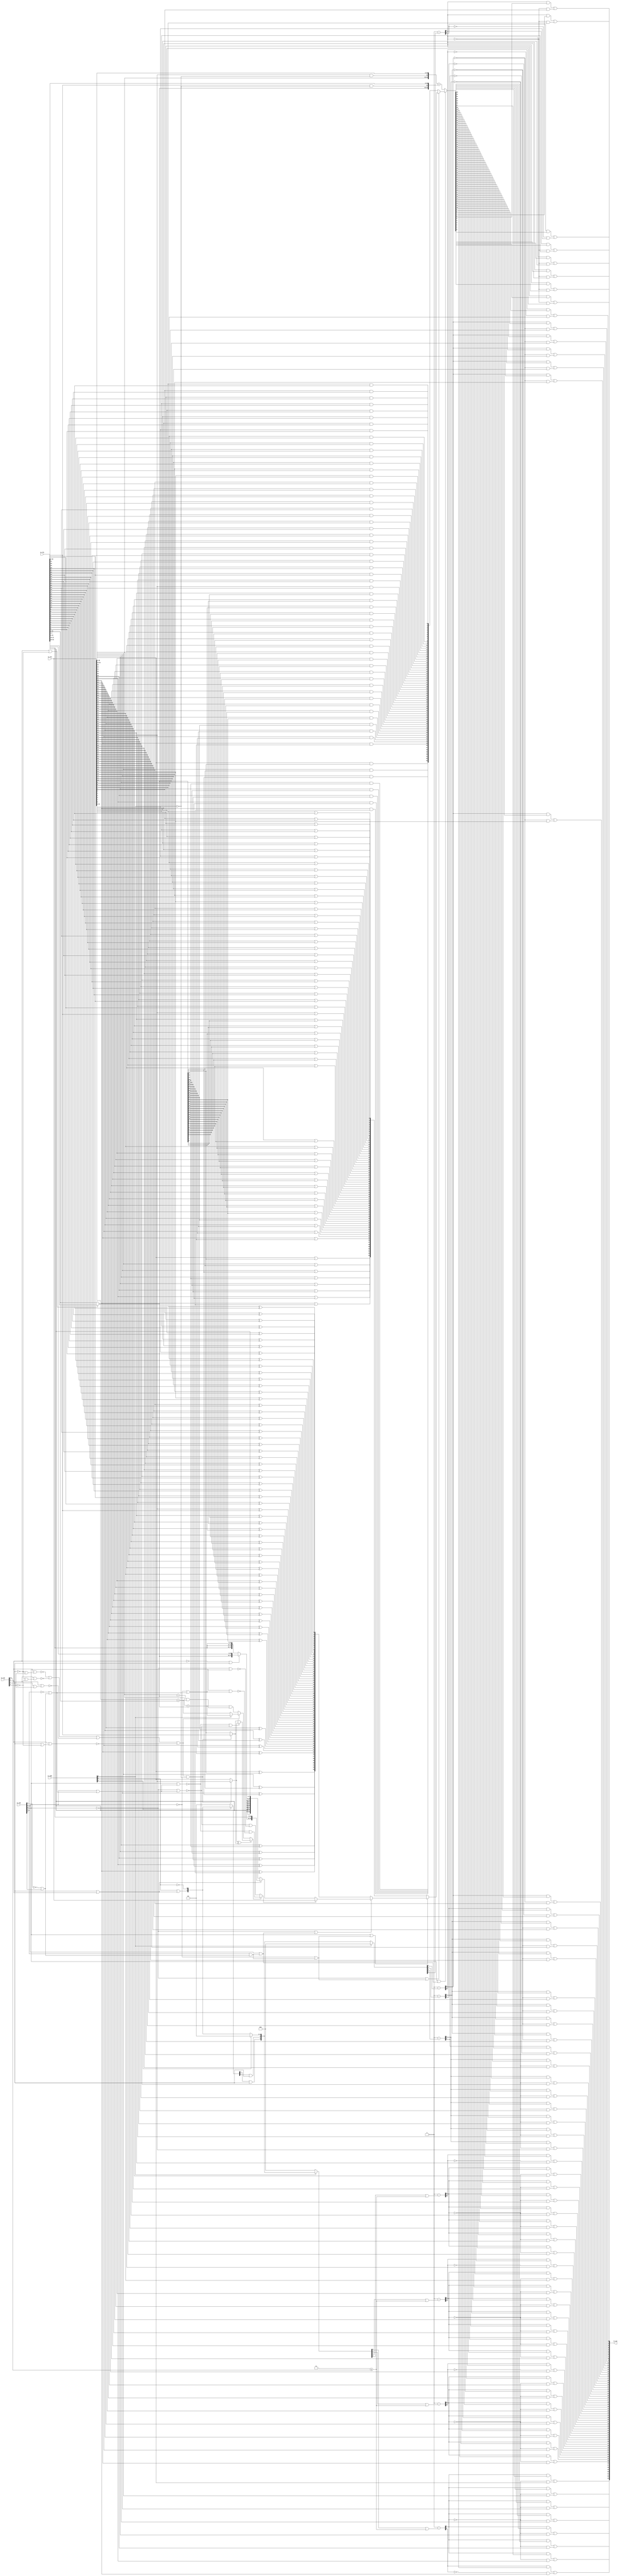
// This program was cloned from: https://github.com/NYU-MLDA/OpenABC
// License: BSD 3-Clause "New" or "Revised" License

module AMOALU
(
  io_addr,
  io_cmd,
  io_typ,
  io_lhs,
  io_rhs,
  io_out
);

  input [5:0] io_addr;
  input [4:0] io_cmd;
  input [2:0] io_typ;
  input [63:0] io_lhs;
  input [63:0] io_rhs;
  output [63:0] io_out;
  wire [63:0] io_out,T49,T1,T2,out,adder_out,T50,T111,T51,T109,T52,T107,T53,T54,T116,T113,
  mask;
  wire N0,N1,N2,N3,N4,N5,N6,N7,N8,N9,N10,N11,N12,N13,N14,N15,N16,N17,N18,N19,N20,N21,
  N22,N23,N24,N25,N26,N27,N28,N29,N30,N31,N32,wmask_63,wmask_48,wmask_47,wmask_40,
  wmask_39,wmask_32,wmask_31,wmask_24,wmask_23,wmask_16,wmask_15,wmask_8,wmask_7,
  wmask_0,N33,N34,T16,T28,T69,N35,T55_63_,T55_62_,T55_61_,T55_60_,T55_59_,T55_58_,
  T55_57_,T55_56_,T55_55_,T55_54_,T55_53_,T55_52_,T55_51_,T55_50_,T55_49_,T55_48_,
  T55_47_,T55_46_,T55_45_,T55_44_,T55_43_,T55_42_,T55_41_,T55_40_,T55_39_,T55_38_,
  T55_37_,T55_36_,T55_35_,T55_34_,T55_33_,T55_32_,T55_31_,T55_30_,T55_29_,T55_28_,
  T55_27_,T55_26_,T55_25_,T55_24_,T55_23_,T55_22_,T55_21_,T55_20_,T55_19_,T55_18_,
  T55_17_,T55_16_,less,N36,min,max,T106,N37,lt,T74,sgned,N38,cmp_lhs,cmp_rhs,T80,N39,
  word,T81,T84,T86,T91,N40,T92,N41,T104,T96,lt_hi,T97,eq_hi,lt_lo,N42,N43,N44,N45,
  N46,N47,N48,N49,N50,N51,N52,N53,N54,N55,N56,N57,N58,N59,N60,N61,N62,N63,N64,N65,
  N66,N67,N68,N69,N70,N71,N72,N73,N74,N75,N76,N77,N78,N79,N80,N81,N82,N83,N84,N85,
  N86,N87,N88,N89,N90;
  wire [56:55] wmask;
  wire [0:0] T119;
  wire [7:1] T8;
  wire [3:0] T10,T29;
  wire [1:1] T12,T21;
  wire [1:0] T23;
  wire [3:3] T27;
  wire [63:32] T56,rhs;
  assign T28 = { 1'b1, 1'b1 } <= io_typ[1:0];
  assign lt_lo = io_lhs[31:0] < io_rhs[31:0];
  assign eq_hi = io_lhs[63:32] == rhs;
  assign lt_hi = io_lhs[63:32] < rhs;
  assign N0 = cmp_lhs ^ cmp_rhs;
  assign T106 = ~N0;
  assign N42 = ~io_cmd[3];
  assign N43 = N42 | io_cmd[4];
  assign N44 = io_cmd[2] | N43;
  assign N45 = io_cmd[1] | N44;
  assign N46 = io_cmd[0] | N45;
  assign N47 = ~N46;
  assign N48 = ~io_cmd[1];
  assign N49 = ~io_cmd[0];
  assign N50 = N48 | N44;
  assign N51 = N49 | N50;
  assign N52 = ~N51;
  assign N53 = io_cmd[0] | N50;
  assign N54 = ~N53;
  assign N55 = ~io_addr[0];
  assign N56 = N49 | N45;
  assign N57 = ~N56;
  assign N58 = io_typ[0] | io_typ[1];
  assign N59 = ~N58;
  assign N60 = ~io_typ[0];
  assign N61 = N60 | io_typ[1];
  assign N62 = ~N61;
  assign N63 = ~io_cmd[2];
  assign N64 = N63 | N43;
  assign N65 = io_cmd[1] | N64;
  assign N66 = io_cmd[0] | N65;
  assign N67 = ~N66;
  assign N68 = N48 | N64;
  assign N69 = io_cmd[0] | N68;
  assign N70 = ~N69;
  assign N71 = N49 | N65;
  assign N72 = ~N71;
  assign N73 = N49 | N68;
  assign N74 = ~N73;
  assign N75 = ~io_typ[1];
  assign N76 = io_typ[0] | N75;
  assign N77 = ~N76;
  assign N78 = ~io_typ[2];
  assign N79 = io_typ[1] | N78;
  assign N80 = io_typ[0] | N79;
  assign N81 = ~N80;
  assign N82 = io_typ[1] | io_typ[2];
  assign N83 = io_typ[0] | N82;
  assign N84 = ~N83;
  assign N85 = N75 | io_typ[2];
  assign N86 = io_typ[0] | N85;
  assign N87 = ~N86;
  assign N88 = N75 | N78;
  assign N89 = io_typ[0] | N88;
  assign N90 = ~N89;
  assign adder_out = T116 + T113;
  assign { wmask_7, wmask_0 } = 1'b0 - T119[0];
  assign { wmask_15, wmask_8 } = 1'b0 - T8[1];
  assign { wmask_23, wmask_16 } = 1'b0 - T8[2];
  assign { wmask_31, wmask_24 } = 1'b0 - T8[3];
  assign { wmask_39, wmask_32 } = 1'b0 - T8[4];
  assign { wmask_47, wmask_40 } = 1'b0 - T8[5];
  assign { wmask[55:55], wmask_48 } = 1'b0 - T8[6];
  assign { wmask_63, wmask[56:56] } = 1'b0 - T8[7];
  assign { T8[3:1], T119[0:0] } = (N1)? { 1'b0, 1'b0, 1'b0, 1'b0 } : 
                                  (N2)? T10 : 1'b0;
  assign N1 = io_addr[2];
  assign N2 = N33;
  assign T10[1:0] = (N3)? { 1'b0, 1'b0 } : 
                    (N4)? { T12[1:1], N55 } : 1'b0;
  assign N3 = io_addr[1];
  assign N4 = N34;
  assign T23 = (N3)? { T12[1:1], N55 } : 
               (N4)? { 1'b0, 1'b0 } : 1'b0;
  assign T29 = (N1)? T10 : 
               (N2)? { 1'b0, 1'b0, 1'b0, 1'b0 } : 1'b0;
  assign out = (N5)? adder_out : 
               (N6)? T50 : 1'b0;
  assign N5 = N47;
  assign N6 = N46;
  assign T50 = (N7)? T111 : 
               (N8)? T51 : 1'b0;
  assign N7 = N52;
  assign N8 = N51;
  assign T51 = (N9)? T109 : 
               (N10)? T52 : 1'b0;
  assign N9 = N54;
  assign N10 = N53;
  assign T52 = (N11)? T107 : 
               (N12)? T53 : 1'b0;
  assign N11 = N57;
  assign N12 = N56;
  assign T53 = (N13)? io_lhs : 
               (N14)? T54 : 1'b0;
  assign N13 = T69;
  assign N14 = N35;
  assign T54 = (N15)? { io_rhs[7:0], io_rhs[7:0], io_rhs[7:0], io_rhs[7:0], io_rhs[7:0], io_rhs[7:0], io_rhs[7:0], io_rhs[7:0] } : 
               (N16)? { T55_63_, T55_62_, T55_61_, T55_60_, T55_59_, T55_58_, T55_57_, T55_56_, T55_55_, T55_54_, T55_53_, T55_52_, T55_51_, T55_50_, T55_49_, T55_48_, T55_47_, T55_46_, T55_45_, T55_44_, T55_43_, T55_42_, T55_41_, T55_40_, T55_39_, T55_38_, T55_37_, T55_36_, T55_35_, T55_34_, T55_33_, T55_32_, T55_31_, T55_30_, T55_29_, T55_28_, T55_27_, T55_26_, T55_25_, T55_24_, T55_23_, T55_22_, T55_21_, T55_20_, T55_19_, T55_18_, T55_17_, T55_16_, io_rhs[15:0] } : 1'b0;
  assign N15 = N59;
  assign N16 = N58;
  assign { T55_63_, T55_62_, T55_61_, T55_60_, T55_59_, T55_58_, T55_57_, T55_56_, T55_55_, T55_54_, T55_53_, T55_52_, T55_51_, T55_50_, T55_49_, T55_48_, T55_47_, T55_46_, T55_45_, T55_44_, T55_43_, T55_42_, T55_41_, T55_40_, T55_39_, T55_38_, T55_37_, T55_36_, T55_35_, T55_34_, T55_33_, T55_32_, T55_31_, T55_30_, T55_29_, T55_28_, T55_27_, T55_26_, T55_25_, T55_24_, T55_23_, T55_22_, T55_21_, T55_20_, T55_19_, T55_18_, T55_17_, T55_16_ } = (N17)? { io_rhs[15:0], io_rhs[15:0], io_rhs[15:0] } : 
                                                                                                                                                                                                                                                                                                                                                                                                                                                              (N18)? { T56, io_rhs[31:16] } : 1'b0;
  assign N17 = N62;
  assign N18 = N61;
  assign T56 = (N19)? io_rhs[31:0] : 
               (N20)? io_rhs[63:32] : 1'b0;
  assign N19 = N77;
  assign N20 = N76;
  assign T69 = (N21)? min : 
               (N22)? max : 1'b0;
  assign N21 = less;
  assign N22 = N36;
  assign less = (N23)? lt : 
                (N24)? T74 : 1'b0;
  assign N23 = T106;
  assign N24 = N37;
  assign T74 = (N25)? cmp_lhs : 
               (N26)? cmp_rhs : 1'b0;
  assign N25 = sgned;
  assign N26 = N38;
  assign cmp_rhs = (N27)? io_rhs[31] : 
                   (N28)? rhs[63] : 1'b0;
  assign N27 = T80;
  assign N28 = N39;
  assign rhs = (N19)? io_rhs[31:0] : 
               (N20)? io_rhs[63:32] : 1'b0;
  assign cmp_lhs = (N29)? io_lhs[31] : 
                   (N30)? io_lhs[63] : 1'b0;
  assign N29 = T91;
  assign N30 = N40;
  assign lt = (N31)? T104 : 
              (N32)? T96 : 1'b0;
  assign N31 = word;
  assign N32 = N41;
  assign T104 = (N1)? lt_hi : 
                (N2)? lt_lo : 1'b0;
  assign io_out[63] = T49[63] | T1[63];
  assign io_out[62] = T49[62] | T1[62];
  assign io_out[61] = T49[61] | T1[61];
  assign io_out[60] = T49[60] | T1[60];
  assign io_out[59] = T49[59] | T1[59];
  assign io_out[58] = T49[58] | T1[58];
  assign io_out[57] = T49[57] | T1[57];
  assign io_out[56] = T49[56] | T1[56];
  assign io_out[55] = T49[55] | T1[55];
  assign io_out[54] = T49[54] | T1[54];
  assign io_out[53] = T49[53] | T1[53];
  assign io_out[52] = T49[52] | T1[52];
  assign io_out[51] = T49[51] | T1[51];
  assign io_out[50] = T49[50] | T1[50];
  assign io_out[49] = T49[49] | T1[49];
  assign io_out[48] = T49[48] | T1[48];
  assign io_out[47] = T49[47] | T1[47];
  assign io_out[46] = T49[46] | T1[46];
  assign io_out[45] = T49[45] | T1[45];
  assign io_out[44] = T49[44] | T1[44];
  assign io_out[43] = T49[43] | T1[43];
  assign io_out[42] = T49[42] | T1[42];
  assign io_out[41] = T49[41] | T1[41];
  assign io_out[40] = T49[40] | T1[40];
  assign io_out[39] = T49[39] | T1[39];
  assign io_out[38] = T49[38] | T1[38];
  assign io_out[37] = T49[37] | T1[37];
  assign io_out[36] = T49[36] | T1[36];
  assign io_out[35] = T49[35] | T1[35];
  assign io_out[34] = T49[34] | T1[34];
  assign io_out[33] = T49[33] | T1[33];
  assign io_out[32] = T49[32] | T1[32];
  assign io_out[31] = T49[31] | T1[31];
  assign io_out[30] = T49[30] | T1[30];
  assign io_out[29] = T49[29] | T1[29];
  assign io_out[28] = T49[28] | T1[28];
  assign io_out[27] = T49[27] | T1[27];
  assign io_out[26] = T49[26] | T1[26];
  assign io_out[25] = T49[25] | T1[25];
  assign io_out[24] = T49[24] | T1[24];
  assign io_out[23] = T49[23] | T1[23];
  assign io_out[22] = T49[22] | T1[22];
  assign io_out[21] = T49[21] | T1[21];
  assign io_out[20] = T49[20] | T1[20];
  assign io_out[19] = T49[19] | T1[19];
  assign io_out[18] = T49[18] | T1[18];
  assign io_out[17] = T49[17] | T1[17];
  assign io_out[16] = T49[16] | T1[16];
  assign io_out[15] = T49[15] | T1[15];
  assign io_out[14] = T49[14] | T1[14];
  assign io_out[13] = T49[13] | T1[13];
  assign io_out[12] = T49[12] | T1[12];
  assign io_out[11] = T49[11] | T1[11];
  assign io_out[10] = T49[10] | T1[10];
  assign io_out[9] = T49[9] | T1[9];
  assign io_out[8] = T49[8] | T1[8];
  assign io_out[7] = T49[7] | T1[7];
  assign io_out[6] = T49[6] | T1[6];
  assign io_out[5] = T49[5] | T1[5];
  assign io_out[4] = T49[4] | T1[4];
  assign io_out[3] = T49[3] | T1[3];
  assign io_out[2] = T49[2] | T1[2];
  assign io_out[1] = T49[1] | T1[1];
  assign io_out[0] = T49[0] | T1[0];
  assign T1[63] = T2[63] & io_lhs[63];
  assign T1[62] = T2[62] & io_lhs[62];
  assign T1[61] = T2[61] & io_lhs[61];
  assign T1[60] = T2[60] & io_lhs[60];
  assign T1[59] = T2[59] & io_lhs[59];
  assign T1[58] = T2[58] & io_lhs[58];
  assign T1[57] = T2[57] & io_lhs[57];
  assign T1[56] = T2[56] & io_lhs[56];
  assign T1[55] = T2[55] & io_lhs[55];
  assign T1[54] = T2[54] & io_lhs[54];
  assign T1[53] = T2[53] & io_lhs[53];
  assign T1[52] = T2[52] & io_lhs[52];
  assign T1[51] = T2[51] & io_lhs[51];
  assign T1[50] = T2[50] & io_lhs[50];
  assign T1[49] = T2[49] & io_lhs[49];
  assign T1[48] = T2[48] & io_lhs[48];
  assign T1[47] = T2[47] & io_lhs[47];
  assign T1[46] = T2[46] & io_lhs[46];
  assign T1[45] = T2[45] & io_lhs[45];
  assign T1[44] = T2[44] & io_lhs[44];
  assign T1[43] = T2[43] & io_lhs[43];
  assign T1[42] = T2[42] & io_lhs[42];
  assign T1[41] = T2[41] & io_lhs[41];
  assign T1[40] = T2[40] & io_lhs[40];
  assign T1[39] = T2[39] & io_lhs[39];
  assign T1[38] = T2[38] & io_lhs[38];
  assign T1[37] = T2[37] & io_lhs[37];
  assign T1[36] = T2[36] & io_lhs[36];
  assign T1[35] = T2[35] & io_lhs[35];
  assign T1[34] = T2[34] & io_lhs[34];
  assign T1[33] = T2[33] & io_lhs[33];
  assign T1[32] = T2[32] & io_lhs[32];
  assign T1[31] = T2[31] & io_lhs[31];
  assign T1[30] = T2[30] & io_lhs[30];
  assign T1[29] = T2[29] & io_lhs[29];
  assign T1[28] = T2[28] & io_lhs[28];
  assign T1[27] = T2[27] & io_lhs[27];
  assign T1[26] = T2[26] & io_lhs[26];
  assign T1[25] = T2[25] & io_lhs[25];
  assign T1[24] = T2[24] & io_lhs[24];
  assign T1[23] = T2[23] & io_lhs[23];
  assign T1[22] = T2[22] & io_lhs[22];
  assign T1[21] = T2[21] & io_lhs[21];
  assign T1[20] = T2[20] & io_lhs[20];
  assign T1[19] = T2[19] & io_lhs[19];
  assign T1[18] = T2[18] & io_lhs[18];
  assign T1[17] = T2[17] & io_lhs[17];
  assign T1[16] = T2[16] & io_lhs[16];
  assign T1[15] = T2[15] & io_lhs[15];
  assign T1[14] = T2[14] & io_lhs[14];
  assign T1[13] = T2[13] & io_lhs[13];
  assign T1[12] = T2[12] & io_lhs[12];
  assign T1[11] = T2[11] & io_lhs[11];
  assign T1[10] = T2[10] & io_lhs[10];
  assign T1[9] = T2[9] & io_lhs[9];
  assign T1[8] = T2[8] & io_lhs[8];
  assign T1[7] = T2[7] & io_lhs[7];
  assign T1[6] = T2[6] & io_lhs[6];
  assign T1[5] = T2[5] & io_lhs[5];
  assign T1[4] = T2[4] & io_lhs[4];
  assign T1[3] = T2[3] & io_lhs[3];
  assign T1[2] = T2[2] & io_lhs[2];
  assign T1[1] = T2[1] & io_lhs[1];
  assign T1[0] = T2[0] & io_lhs[0];
  assign T2[63] = ~wmask_63;
  assign T2[62] = ~wmask_63;
  assign T2[61] = ~wmask_63;
  assign T2[60] = ~wmask_63;
  assign T2[59] = ~wmask_63;
  assign T2[58] = ~wmask_63;
  assign T2[57] = ~wmask_63;
  assign T2[56] = ~wmask[56];
  assign T2[55] = ~wmask[55];
  assign T2[54] = ~wmask[55];
  assign T2[53] = ~wmask[55];
  assign T2[52] = ~wmask[55];
  assign T2[51] = ~wmask[55];
  assign T2[50] = ~wmask[55];
  assign T2[49] = ~wmask[55];
  assign T2[48] = ~wmask_48;
  assign T2[47] = ~wmask_47;
  assign T2[46] = ~wmask_47;
  assign T2[45] = ~wmask_47;
  assign T2[44] = ~wmask_47;
  assign T2[43] = ~wmask_47;
  assign T2[42] = ~wmask_47;
  assign T2[41] = ~wmask_47;
  assign T2[40] = ~wmask_40;
  assign T2[39] = ~wmask_39;
  assign T2[38] = ~wmask_39;
  assign T2[37] = ~wmask_39;
  assign T2[36] = ~wmask_39;
  assign T2[35] = ~wmask_39;
  assign T2[34] = ~wmask_39;
  assign T2[33] = ~wmask_39;
  assign T2[32] = ~wmask_32;
  assign T2[31] = ~wmask_31;
  assign T2[30] = ~wmask_31;
  assign T2[29] = ~wmask_31;
  assign T2[28] = ~wmask_31;
  assign T2[27] = ~wmask_31;
  assign T2[26] = ~wmask_31;
  assign T2[25] = ~wmask_31;
  assign T2[24] = ~wmask_24;
  assign T2[23] = ~wmask_23;
  assign T2[22] = ~wmask_23;
  assign T2[21] = ~wmask_23;
  assign T2[20] = ~wmask_23;
  assign T2[19] = ~wmask_23;
  assign T2[18] = ~wmask_23;
  assign T2[17] = ~wmask_23;
  assign T2[16] = ~wmask_16;
  assign T2[15] = ~wmask_15;
  assign T2[14] = ~wmask_15;
  assign T2[13] = ~wmask_15;
  assign T2[12] = ~wmask_15;
  assign T2[11] = ~wmask_15;
  assign T2[10] = ~wmask_15;
  assign T2[9] = ~wmask_15;
  assign T2[8] = ~wmask_8;
  assign T2[7] = ~wmask_7;
  assign T2[6] = ~wmask_7;
  assign T2[5] = ~wmask_7;
  assign T2[4] = ~wmask_7;
  assign T2[3] = ~wmask_7;
  assign T2[2] = ~wmask_7;
  assign T2[1] = ~wmask_7;
  assign T2[0] = ~wmask_0;
  assign N33 = ~io_addr[2];
  assign N34 = ~io_addr[1];
  assign T12[1] = io_addr[0] | T16;
  assign T16 = io_typ[1] | io_typ[0];
  assign T10[3] = T23[1] | T21[1];
  assign T10[2] = T23[0] | T21[1];
  assign T21[1] = io_typ[1];
  assign T8[7] = T29[3] | T27[3];
  assign T8[6] = T29[2] | T27[3];
  assign T8[5] = T29[1] | T27[3];
  assign T8[4] = T29[0] | T27[3];
  assign T27[3] = T28;
  assign T49[63] = wmask_63 & out[63];
  assign T49[62] = wmask_63 & out[62];
  assign T49[61] = wmask_63 & out[61];
  assign T49[60] = wmask_63 & out[60];
  assign T49[59] = wmask_63 & out[59];
  assign T49[58] = wmask_63 & out[58];
  assign T49[57] = wmask_63 & out[57];
  assign T49[56] = wmask[56] & out[56];
  assign T49[55] = wmask[55] & out[55];
  assign T49[54] = wmask[55] & out[54];
  assign T49[53] = wmask[55] & out[53];
  assign T49[52] = wmask[55] & out[52];
  assign T49[51] = wmask[55] & out[51];
  assign T49[50] = wmask[55] & out[50];
  assign T49[49] = wmask[55] & out[49];
  assign T49[48] = wmask_48 & out[48];
  assign T49[47] = wmask_47 & out[47];
  assign T49[46] = wmask_47 & out[46];
  assign T49[45] = wmask_47 & out[45];
  assign T49[44] = wmask_47 & out[44];
  assign T49[43] = wmask_47 & out[43];
  assign T49[42] = wmask_47 & out[42];
  assign T49[41] = wmask_47 & out[41];
  assign T49[40] = wmask_40 & out[40];
  assign T49[39] = wmask_39 & out[39];
  assign T49[38] = wmask_39 & out[38];
  assign T49[37] = wmask_39 & out[37];
  assign T49[36] = wmask_39 & out[36];
  assign T49[35] = wmask_39 & out[35];
  assign T49[34] = wmask_39 & out[34];
  assign T49[33] = wmask_39 & out[33];
  assign T49[32] = wmask_32 & out[32];
  assign T49[31] = wmask_31 & out[31];
  assign T49[30] = wmask_31 & out[30];
  assign T49[29] = wmask_31 & out[29];
  assign T49[28] = wmask_31 & out[28];
  assign T49[27] = wmask_31 & out[27];
  assign T49[26] = wmask_31 & out[26];
  assign T49[25] = wmask_31 & out[25];
  assign T49[24] = wmask_24 & out[24];
  assign T49[23] = wmask_23 & out[23];
  assign T49[22] = wmask_23 & out[22];
  assign T49[21] = wmask_23 & out[21];
  assign T49[20] = wmask_23 & out[20];
  assign T49[19] = wmask_23 & out[19];
  assign T49[18] = wmask_23 & out[18];
  assign T49[17] = wmask_23 & out[17];
  assign T49[16] = wmask_16 & out[16];
  assign T49[15] = wmask_15 & out[15];
  assign T49[14] = wmask_15 & out[14];
  assign T49[13] = wmask_15 & out[13];
  assign T49[12] = wmask_15 & out[12];
  assign T49[11] = wmask_15 & out[11];
  assign T49[10] = wmask_15 & out[10];
  assign T49[9] = wmask_15 & out[9];
  assign T49[8] = wmask_8 & out[8];
  assign T49[7] = wmask_7 & out[7];
  assign T49[6] = wmask_7 & out[6];
  assign T49[5] = wmask_7 & out[5];
  assign T49[4] = wmask_7 & out[4];
  assign T49[3] = wmask_7 & out[3];
  assign T49[2] = wmask_7 & out[2];
  assign T49[1] = wmask_7 & out[1];
  assign T49[0] = wmask_0 & out[0];
  assign N35 = ~T69;
  assign N36 = ~less;
  assign max = N72 | N74;
  assign min = N67 | N70;
  assign N37 = ~T106;
  assign N38 = ~sgned;
  assign N39 = ~T80;
  assign T80 = word & T81;
  assign T81 = ~io_addr[2];
  assign word = T84 | N81;
  assign T84 = T86 | N84;
  assign T86 = N87 | N90;
  assign N40 = ~T91;
  assign T91 = word & T92;
  assign T92 = ~io_addr[2];
  assign sgned = N67 | N72;
  assign N41 = ~word;
  assign T96 = lt_hi | T97;
  assign T97 = eq_hi & lt_lo;
  assign T107[63] = io_lhs[63] ^ rhs[63];
  assign T107[62] = io_lhs[62] ^ rhs[62];
  assign T107[61] = io_lhs[61] ^ rhs[61];
  assign T107[60] = io_lhs[60] ^ rhs[60];
  assign T107[59] = io_lhs[59] ^ rhs[59];
  assign T107[58] = io_lhs[58] ^ rhs[58];
  assign T107[57] = io_lhs[57] ^ rhs[57];
  assign T107[56] = io_lhs[56] ^ rhs[56];
  assign T107[55] = io_lhs[55] ^ rhs[55];
  assign T107[54] = io_lhs[54] ^ rhs[54];
  assign T107[53] = io_lhs[53] ^ rhs[53];
  assign T107[52] = io_lhs[52] ^ rhs[52];
  assign T107[51] = io_lhs[51] ^ rhs[51];
  assign T107[50] = io_lhs[50] ^ rhs[50];
  assign T107[49] = io_lhs[49] ^ rhs[49];
  assign T107[48] = io_lhs[48] ^ rhs[48];
  assign T107[47] = io_lhs[47] ^ rhs[47];
  assign T107[46] = io_lhs[46] ^ rhs[46];
  assign T107[45] = io_lhs[45] ^ rhs[45];
  assign T107[44] = io_lhs[44] ^ rhs[44];
  assign T107[43] = io_lhs[43] ^ rhs[43];
  assign T107[42] = io_lhs[42] ^ rhs[42];
  assign T107[41] = io_lhs[41] ^ rhs[41];
  assign T107[40] = io_lhs[40] ^ rhs[40];
  assign T107[39] = io_lhs[39] ^ rhs[39];
  assign T107[38] = io_lhs[38] ^ rhs[38];
  assign T107[37] = io_lhs[37] ^ rhs[37];
  assign T107[36] = io_lhs[36] ^ rhs[36];
  assign T107[35] = io_lhs[35] ^ rhs[35];
  assign T107[34] = io_lhs[34] ^ rhs[34];
  assign T107[33] = io_lhs[33] ^ rhs[33];
  assign T107[32] = io_lhs[32] ^ rhs[32];
  assign T107[31] = io_lhs[31] ^ io_rhs[31];
  assign T107[30] = io_lhs[30] ^ io_rhs[30];
  assign T107[29] = io_lhs[29] ^ io_rhs[29];
  assign T107[28] = io_lhs[28] ^ io_rhs[28];
  assign T107[27] = io_lhs[27] ^ io_rhs[27];
  assign T107[26] = io_lhs[26] ^ io_rhs[26];
  assign T107[25] = io_lhs[25] ^ io_rhs[25];
  assign T107[24] = io_lhs[24] ^ io_rhs[24];
  assign T107[23] = io_lhs[23] ^ io_rhs[23];
  assign T107[22] = io_lhs[22] ^ io_rhs[22];
  assign T107[21] = io_lhs[21] ^ io_rhs[21];
  assign T107[20] = io_lhs[20] ^ io_rhs[20];
  assign T107[19] = io_lhs[19] ^ io_rhs[19];
  assign T107[18] = io_lhs[18] ^ io_rhs[18];
  assign T107[17] = io_lhs[17] ^ io_rhs[17];
  assign T107[16] = io_lhs[16] ^ io_rhs[16];
  assign T107[15] = io_lhs[15] ^ io_rhs[15];
  assign T107[14] = io_lhs[14] ^ io_rhs[14];
  assign T107[13] = io_lhs[13] ^ io_rhs[13];
  assign T107[12] = io_lhs[12] ^ io_rhs[12];
  assign T107[11] = io_lhs[11] ^ io_rhs[11];
  assign T107[10] = io_lhs[10] ^ io_rhs[10];
  assign T107[9] = io_lhs[9] ^ io_rhs[9];
  assign T107[8] = io_lhs[8] ^ io_rhs[8];
  assign T107[7] = io_lhs[7] ^ io_rhs[7];
  assign T107[6] = io_lhs[6] ^ io_rhs[6];
  assign T107[5] = io_lhs[5] ^ io_rhs[5];
  assign T107[4] = io_lhs[4] ^ io_rhs[4];
  assign T107[3] = io_lhs[3] ^ io_rhs[3];
  assign T107[2] = io_lhs[2] ^ io_rhs[2];
  assign T107[1] = io_lhs[1] ^ io_rhs[1];
  assign T107[0] = io_lhs[0] ^ io_rhs[0];
  assign T109[63] = io_lhs[63] | rhs[63];
  assign T109[62] = io_lhs[62] | rhs[62];
  assign T109[61] = io_lhs[61] | rhs[61];
  assign T109[60] = io_lhs[60] | rhs[60];
  assign T109[59] = io_lhs[59] | rhs[59];
  assign T109[58] = io_lhs[58] | rhs[58];
  assign T109[57] = io_lhs[57] | rhs[57];
  assign T109[56] = io_lhs[56] | rhs[56];
  assign T109[55] = io_lhs[55] | rhs[55];
  assign T109[54] = io_lhs[54] | rhs[54];
  assign T109[53] = io_lhs[53] | rhs[53];
  assign T109[52] = io_lhs[52] | rhs[52];
  assign T109[51] = io_lhs[51] | rhs[51];
  assign T109[50] = io_lhs[50] | rhs[50];
  assign T109[49] = io_lhs[49] | rhs[49];
  assign T109[48] = io_lhs[48] | rhs[48];
  assign T109[47] = io_lhs[47] | rhs[47];
  assign T109[46] = io_lhs[46] | rhs[46];
  assign T109[45] = io_lhs[45] | rhs[45];
  assign T109[44] = io_lhs[44] | rhs[44];
  assign T109[43] = io_lhs[43] | rhs[43];
  assign T109[42] = io_lhs[42] | rhs[42];
  assign T109[41] = io_lhs[41] | rhs[41];
  assign T109[40] = io_lhs[40] | rhs[40];
  assign T109[39] = io_lhs[39] | rhs[39];
  assign T109[38] = io_lhs[38] | rhs[38];
  assign T109[37] = io_lhs[37] | rhs[37];
  assign T109[36] = io_lhs[36] | rhs[36];
  assign T109[35] = io_lhs[35] | rhs[35];
  assign T109[34] = io_lhs[34] | rhs[34];
  assign T109[33] = io_lhs[33] | rhs[33];
  assign T109[32] = io_lhs[32] | rhs[32];
  assign T109[31] = io_lhs[31] | io_rhs[31];
  assign T109[30] = io_lhs[30] | io_rhs[30];
  assign T109[29] = io_lhs[29] | io_rhs[29];
  assign T109[28] = io_lhs[28] | io_rhs[28];
  assign T109[27] = io_lhs[27] | io_rhs[27];
  assign T109[26] = io_lhs[26] | io_rhs[26];
  assign T109[25] = io_lhs[25] | io_rhs[25];
  assign T109[24] = io_lhs[24] | io_rhs[24];
  assign T109[23] = io_lhs[23] | io_rhs[23];
  assign T109[22] = io_lhs[22] | io_rhs[22];
  assign T109[21] = io_lhs[21] | io_rhs[21];
  assign T109[20] = io_lhs[20] | io_rhs[20];
  assign T109[19] = io_lhs[19] | io_rhs[19];
  assign T109[18] = io_lhs[18] | io_rhs[18];
  assign T109[17] = io_lhs[17] | io_rhs[17];
  assign T109[16] = io_lhs[16] | io_rhs[16];
  assign T109[15] = io_lhs[15] | io_rhs[15];
  assign T109[14] = io_lhs[14] | io_rhs[14];
  assign T109[13] = io_lhs[13] | io_rhs[13];
  assign T109[12] = io_lhs[12] | io_rhs[12];
  assign T109[11] = io_lhs[11] | io_rhs[11];
  assign T109[10] = io_lhs[10] | io_rhs[10];
  assign T109[9] = io_lhs[9] | io_rhs[9];
  assign T109[8] = io_lhs[8] | io_rhs[8];
  assign T109[7] = io_lhs[7] | io_rhs[7];
  assign T109[6] = io_lhs[6] | io_rhs[6];
  assign T109[5] = io_lhs[5] | io_rhs[5];
  assign T109[4] = io_lhs[4] | io_rhs[4];
  assign T109[3] = io_lhs[3] | io_rhs[3];
  assign T109[2] = io_lhs[2] | io_rhs[2];
  assign T109[1] = io_lhs[1] | io_rhs[1];
  assign T109[0] = io_lhs[0] | io_rhs[0];
  assign T111[63] = io_lhs[63] & rhs[63];
  assign T111[62] = io_lhs[62] & rhs[62];
  assign T111[61] = io_lhs[61] & rhs[61];
  assign T111[60] = io_lhs[60] & rhs[60];
  assign T111[59] = io_lhs[59] & rhs[59];
  assign T111[58] = io_lhs[58] & rhs[58];
  assign T111[57] = io_lhs[57] & rhs[57];
  assign T111[56] = io_lhs[56] & rhs[56];
  assign T111[55] = io_lhs[55] & rhs[55];
  assign T111[54] = io_lhs[54] & rhs[54];
  assign T111[53] = io_lhs[53] & rhs[53];
  assign T111[52] = io_lhs[52] & rhs[52];
  assign T111[51] = io_lhs[51] & rhs[51];
  assign T111[50] = io_lhs[50] & rhs[50];
  assign T111[49] = io_lhs[49] & rhs[49];
  assign T111[48] = io_lhs[48] & rhs[48];
  assign T111[47] = io_lhs[47] & rhs[47];
  assign T111[46] = io_lhs[46] & rhs[46];
  assign T111[45] = io_lhs[45] & rhs[45];
  assign T111[44] = io_lhs[44] & rhs[44];
  assign T111[43] = io_lhs[43] & rhs[43];
  assign T111[42] = io_lhs[42] & rhs[42];
  assign T111[41] = io_lhs[41] & rhs[41];
  assign T111[40] = io_lhs[40] & rhs[40];
  assign T111[39] = io_lhs[39] & rhs[39];
  assign T111[38] = io_lhs[38] & rhs[38];
  assign T111[37] = io_lhs[37] & rhs[37];
  assign T111[36] = io_lhs[36] & rhs[36];
  assign T111[35] = io_lhs[35] & rhs[35];
  assign T111[34] = io_lhs[34] & rhs[34];
  assign T111[33] = io_lhs[33] & rhs[33];
  assign T111[32] = io_lhs[32] & rhs[32];
  assign T111[31] = io_lhs[31] & io_rhs[31];
  assign T111[30] = io_lhs[30] & io_rhs[30];
  assign T111[29] = io_lhs[29] & io_rhs[29];
  assign T111[28] = io_lhs[28] & io_rhs[28];
  assign T111[27] = io_lhs[27] & io_rhs[27];
  assign T111[26] = io_lhs[26] & io_rhs[26];
  assign T111[25] = io_lhs[25] & io_rhs[25];
  assign T111[24] = io_lhs[24] & io_rhs[24];
  assign T111[23] = io_lhs[23] & io_rhs[23];
  assign T111[22] = io_lhs[22] & io_rhs[22];
  assign T111[21] = io_lhs[21] & io_rhs[21];
  assign T111[20] = io_lhs[20] & io_rhs[20];
  assign T111[19] = io_lhs[19] & io_rhs[19];
  assign T111[18] = io_lhs[18] & io_rhs[18];
  assign T111[17] = io_lhs[17] & io_rhs[17];
  assign T111[16] = io_lhs[16] & io_rhs[16];
  assign T111[15] = io_lhs[15] & io_rhs[15];
  assign T111[14] = io_lhs[14] & io_rhs[14];
  assign T111[13] = io_lhs[13] & io_rhs[13];
  assign T111[12] = io_lhs[12] & io_rhs[12];
  assign T111[11] = io_lhs[11] & io_rhs[11];
  assign T111[10] = io_lhs[10] & io_rhs[10];
  assign T111[9] = io_lhs[9] & io_rhs[9];
  assign T111[8] = io_lhs[8] & io_rhs[8];
  assign T111[7] = io_lhs[7] & io_rhs[7];
  assign T111[6] = io_lhs[6] & io_rhs[6];
  assign T111[5] = io_lhs[5] & io_rhs[5];
  assign T111[4] = io_lhs[4] & io_rhs[4];
  assign T111[3] = io_lhs[3] & io_rhs[3];
  assign T111[2] = io_lhs[2] & io_rhs[2];
  assign T111[1] = io_lhs[1] & io_rhs[1];
  assign T111[0] = io_lhs[0] & io_rhs[0];
  assign T113[63] = rhs[63] & mask[63];
  assign T113[62] = rhs[62] & mask[62];
  assign T113[61] = rhs[61] & mask[61];
  assign T113[60] = rhs[60] & mask[60];
  assign T113[59] = rhs[59] & mask[59];
  assign T113[58] = rhs[58] & mask[58];
  assign T113[57] = rhs[57] & mask[57];
  assign T113[56] = rhs[56] & mask[56];
  assign T113[55] = rhs[55] & mask[55];
  assign T113[54] = rhs[54] & mask[54];
  assign T113[53] = rhs[53] & mask[53];
  assign T113[52] = rhs[52] & mask[52];
  assign T113[51] = rhs[51] & mask[51];
  assign T113[50] = rhs[50] & mask[50];
  assign T113[49] = rhs[49] & mask[49];
  assign T113[48] = rhs[48] & mask[48];
  assign T113[47] = rhs[47] & mask[47];
  assign T113[46] = rhs[46] & mask[46];
  assign T113[45] = rhs[45] & mask[45];
  assign T113[44] = rhs[44] & mask[44];
  assign T113[43] = rhs[43] & mask[43];
  assign T113[42] = rhs[42] & mask[42];
  assign T113[41] = rhs[41] & mask[41];
  assign T113[40] = rhs[40] & mask[40];
  assign T113[39] = rhs[39] & mask[39];
  assign T113[38] = rhs[38] & mask[38];
  assign T113[37] = rhs[37] & mask[37];
  assign T113[36] = rhs[36] & mask[36];
  assign T113[35] = rhs[35] & mask[35];
  assign T113[34] = rhs[34] & mask[34];
  assign T113[33] = rhs[33] & mask[33];
  assign T113[32] = rhs[32] & mask[32];
  assign T113[31] = io_rhs[31] & mask[31];
  assign T113[30] = io_rhs[30] & mask[30];
  assign T113[29] = io_rhs[29] & mask[29];
  assign T113[28] = io_rhs[28] & mask[28];
  assign T113[27] = io_rhs[27] & mask[27];
  assign T113[26] = io_rhs[26] & mask[26];
  assign T113[25] = io_rhs[25] & mask[25];
  assign T113[24] = io_rhs[24] & mask[24];
  assign T113[23] = io_rhs[23] & mask[23];
  assign T113[22] = io_rhs[22] & mask[22];
  assign T113[21] = io_rhs[21] & mask[21];
  assign T113[20] = io_rhs[20] & mask[20];
  assign T113[19] = io_rhs[19] & mask[19];
  assign T113[18] = io_rhs[18] & mask[18];
  assign T113[17] = io_rhs[17] & mask[17];
  assign T113[16] = io_rhs[16] & mask[16];
  assign T113[15] = io_rhs[15] & mask[15];
  assign T113[14] = io_rhs[14] & mask[14];
  assign T113[13] = io_rhs[13] & mask[13];
  assign T113[12] = io_rhs[12] & mask[12];
  assign T113[11] = io_rhs[11] & mask[11];
  assign T113[10] = io_rhs[10] & mask[10];
  assign T113[9] = io_rhs[9] & mask[9];
  assign T113[8] = io_rhs[8] & mask[8];
  assign T113[7] = io_rhs[7] & mask[7];
  assign T113[6] = io_rhs[6] & mask[6];
  assign T113[5] = io_rhs[5] & mask[5];
  assign T113[4] = io_rhs[4] & mask[4];
  assign T113[3] = io_rhs[3] & mask[3];
  assign T113[2] = io_rhs[2] & mask[2];
  assign T113[1] = io_rhs[1] & mask[1];
  assign T113[0] = io_rhs[0] & mask[0];
  assign mask[63] = ~1'b0;
  assign mask[62] = ~1'b0;
  assign mask[61] = ~1'b0;
  assign mask[60] = ~1'b0;
  assign mask[59] = ~1'b0;
  assign mask[58] = ~1'b0;
  assign mask[57] = ~1'b0;
  assign mask[56] = ~1'b0;
  assign mask[55] = ~1'b0;
  assign mask[54] = ~1'b0;
  assign mask[53] = ~1'b0;
  assign mask[52] = ~1'b0;
  assign mask[51] = ~1'b0;
  assign mask[50] = ~1'b0;
  assign mask[49] = ~1'b0;
  assign mask[48] = ~1'b0;
  assign mask[47] = ~1'b0;
  assign mask[46] = ~1'b0;
  assign mask[45] = ~1'b0;
  assign mask[44] = ~1'b0;
  assign mask[43] = ~1'b0;
  assign mask[42] = ~1'b0;
  assign mask[41] = ~1'b0;
  assign mask[40] = ~1'b0;
  assign mask[39] = ~1'b0;
  assign mask[38] = ~1'b0;
  assign mask[37] = ~1'b0;
  assign mask[36] = ~1'b0;
  assign mask[35] = ~1'b0;
  assign mask[34] = ~1'b0;
  assign mask[33] = ~1'b0;
  assign mask[32] = ~1'b0;
  assign mask[31] = ~io_addr[2];
  assign mask[30] = ~1'b0;
  assign mask[29] = ~1'b0;
  assign mask[28] = ~1'b0;
  assign mask[27] = ~1'b0;
  assign mask[26] = ~1'b0;
  assign mask[25] = ~1'b0;
  assign mask[24] = ~1'b0;
  assign mask[23] = ~1'b0;
  assign mask[22] = ~1'b0;
  assign mask[21] = ~1'b0;
  assign mask[20] = ~1'b0;
  assign mask[19] = ~1'b0;
  assign mask[18] = ~1'b0;
  assign mask[17] = ~1'b0;
  assign mask[16] = ~1'b0;
  assign mask[15] = ~1'b0;
  assign mask[14] = ~1'b0;
  assign mask[13] = ~1'b0;
  assign mask[12] = ~1'b0;
  assign mask[11] = ~1'b0;
  assign mask[10] = ~1'b0;
  assign mask[9] = ~1'b0;
  assign mask[8] = ~1'b0;
  assign mask[7] = ~1'b0;
  assign mask[6] = ~1'b0;
  assign mask[5] = ~1'b0;
  assign mask[4] = ~1'b0;
  assign mask[3] = ~1'b0;
  assign mask[2] = ~1'b0;
  assign mask[1] = ~1'b0;
  assign mask[0] = ~1'b0;
  assign T116[63] = io_lhs[63] & mask[63];
  assign T116[62] = io_lhs[62] & mask[62];
  assign T116[61] = io_lhs[61] & mask[61];
  assign T116[60] = io_lhs[60] & mask[60];
  assign T116[59] = io_lhs[59] & mask[59];
  assign T116[58] = io_lhs[58] & mask[58];
  assign T116[57] = io_lhs[57] & mask[57];
  assign T116[56] = io_lhs[56] & mask[56];
  assign T116[55] = io_lhs[55] & mask[55];
  assign T116[54] = io_lhs[54] & mask[54];
  assign T116[53] = io_lhs[53] & mask[53];
  assign T116[52] = io_lhs[52] & mask[52];
  assign T116[51] = io_lhs[51] & mask[51];
  assign T116[50] = io_lhs[50] & mask[50];
  assign T116[49] = io_lhs[49] & mask[49];
  assign T116[48] = io_lhs[48] & mask[48];
  assign T116[47] = io_lhs[47] & mask[47];
  assign T116[46] = io_lhs[46] & mask[46];
  assign T116[45] = io_lhs[45] & mask[45];
  assign T116[44] = io_lhs[44] & mask[44];
  assign T116[43] = io_lhs[43] & mask[43];
  assign T116[42] = io_lhs[42] & mask[42];
  assign T116[41] = io_lhs[41] & mask[41];
  assign T116[40] = io_lhs[40] & mask[40];
  assign T116[39] = io_lhs[39] & mask[39];
  assign T116[38] = io_lhs[38] & mask[38];
  assign T116[37] = io_lhs[37] & mask[37];
  assign T116[36] = io_lhs[36] & mask[36];
  assign T116[35] = io_lhs[35] & mask[35];
  assign T116[34] = io_lhs[34] & mask[34];
  assign T116[33] = io_lhs[33] & mask[33];
  assign T116[32] = io_lhs[32] & mask[32];
  assign T116[31] = io_lhs[31] & mask[31];
  assign T116[30] = io_lhs[30] & mask[30];
  assign T116[29] = io_lhs[29] & mask[29];
  assign T116[28] = io_lhs[28] & mask[28];
  assign T116[27] = io_lhs[27] & mask[27];
  assign T116[26] = io_lhs[26] & mask[26];
  assign T116[25] = io_lhs[25] & mask[25];
  assign T116[24] = io_lhs[24] & mask[24];
  assign T116[23] = io_lhs[23] & mask[23];
  assign T116[22] = io_lhs[22] & mask[22];
  assign T116[21] = io_lhs[21] & mask[21];
  assign T116[20] = io_lhs[20] & mask[20];
  assign T116[19] = io_lhs[19] & mask[19];
  assign T116[18] = io_lhs[18] & mask[18];
  assign T116[17] = io_lhs[17] & mask[17];
  assign T116[16] = io_lhs[16] & mask[16];
  assign T116[15] = io_lhs[15] & mask[15];
  assign T116[14] = io_lhs[14] & mask[14];
  assign T116[13] = io_lhs[13] & mask[13];
  assign T116[12] = io_lhs[12] & mask[12];
  assign T116[11] = io_lhs[11] & mask[11];
  assign T116[10] = io_lhs[10] & mask[10];
  assign T116[9] = io_lhs[9] & mask[9];
  assign T116[8] = io_lhs[8] & mask[8];
  assign T116[7] = io_lhs[7] & mask[7];
  assign T116[6] = io_lhs[6] & mask[6];
  assign T116[5] = io_lhs[5] & mask[5];
  assign T116[4] = io_lhs[4] & mask[4];
  assign T116[3] = io_lhs[3] & mask[3];
  assign T116[2] = io_lhs[2] & mask[2];
  assign T116[1] = io_lhs[1] & mask[1];
  assign T116[0] = io_lhs[0] & mask[0];

endmodule